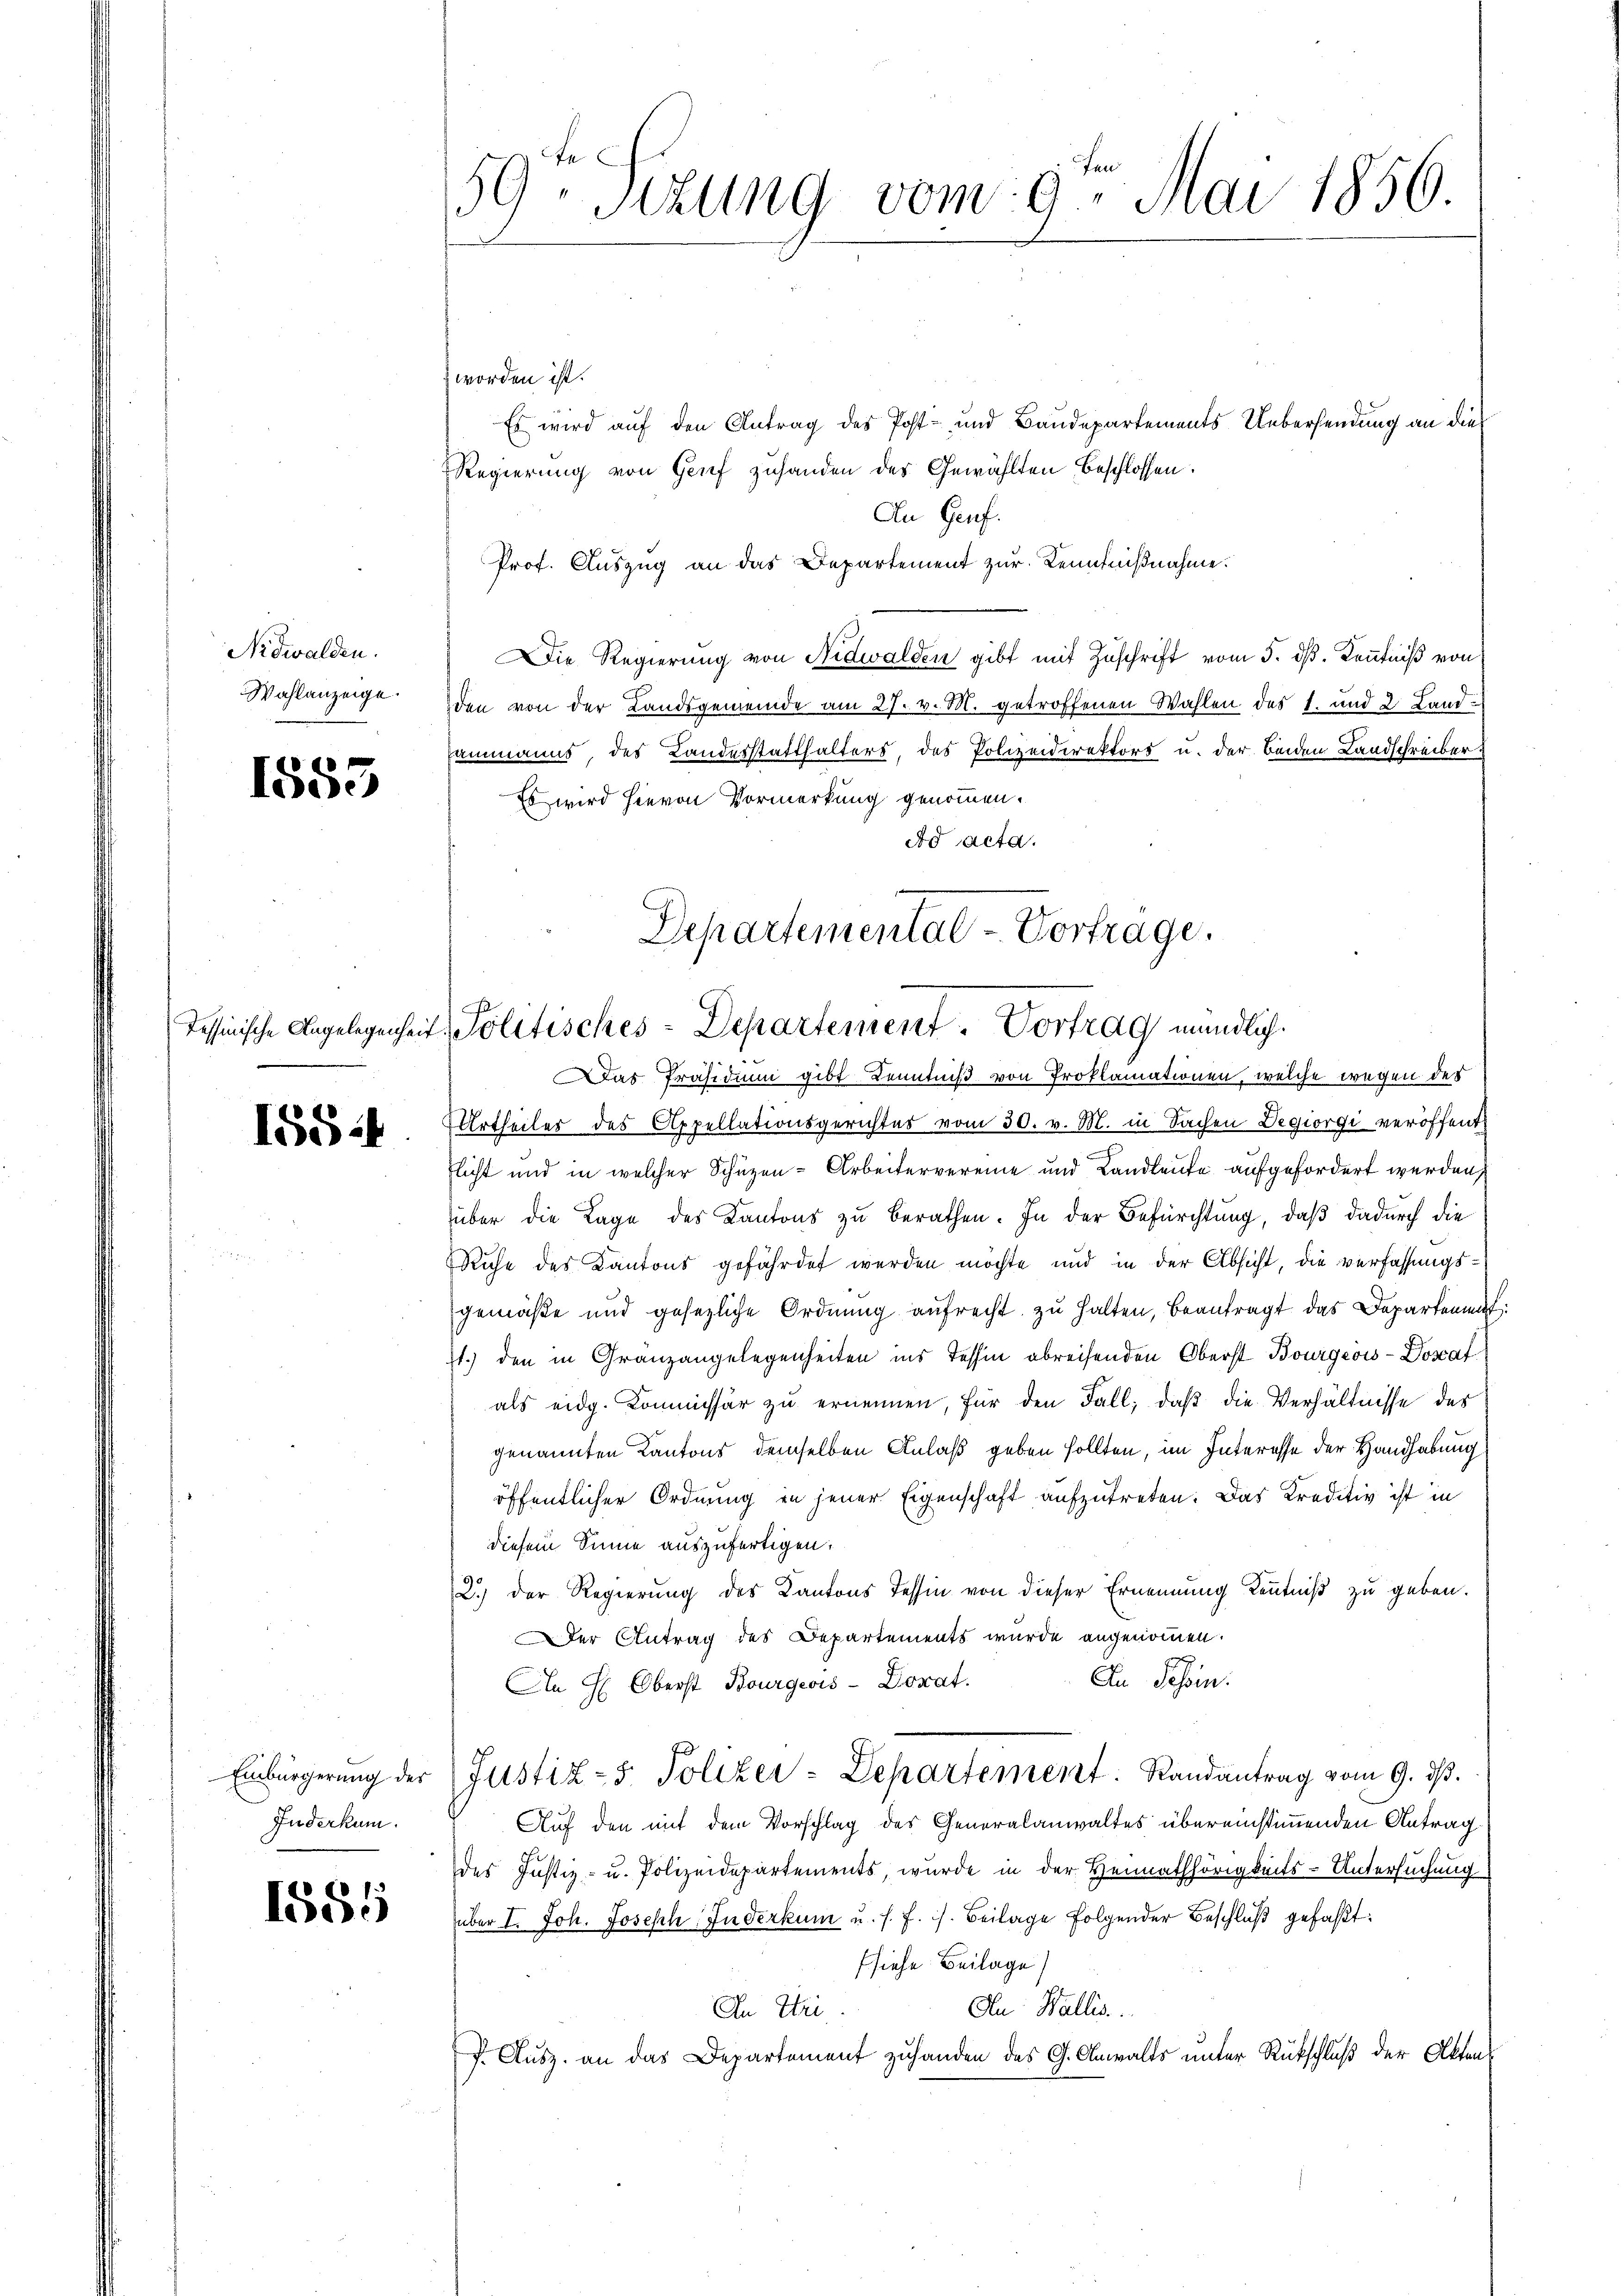
Nidwalden.
Wahlanzeige.

1555

1554

Inderkum.

1885

4
59. Sizung vom 9. Mai 1856.

worden ist.
Es wird auf den Antrag des Post- und Baudepartements Uebersendung an die
Regierung von Gruf zuhanden des Gewählten beschlossen:
An Genf.
Prof. Auszug an das Departement zur Kenntnißnahme.
Die Regierung von Nidwalden gibt mit Zuschrift vom 5. dβ. Kenntniß von
den von der Landsgemeinde am 27. v. M. getroffenen Wahlen des 1. und 2 Land¬
Eammanns, des Landerstatthalters, des Polizeidirektors u. der beiden Landschreiber.
Es wird hievon Vormerkung genommen.
Ad acta.

Departemental-Vorträge.
Tessinische Angelegenheit Politisches - Departenient. Vortrag mündlich
Das Präsidium gibt Kenntniß von Proklamationen, welche wegen des

Urtheiles des Appellationsgerichtes vom 30. v. M. in Sachen Degiorgi veröffent
flicht und in welcher Schüzen-Arbeitervereine und Landleute aufgefordert werden,
über die Lage des Kantons zu berathen. In der Befürchtung, daß dadurch die
Ruhe des Kantons gefährdet werden möchte und in der Absicht, die verfassungs-
gemäße und gesezliche Ordnung aufrecht zu halten, beantragt das Departement
st.) den in Gränzangelegenheiten ins Tessin abreisenden Oberst Bourgeois-Dosaf
als eidg. Kommissär zu ernennen, für den Fall, daß die Verhältnisse des
genannten Kantons demselben Anlaß geben sollten, im Interesse der Handhabung
öffentlicher Ordnung in jener Eigenschaft aufzutreten. Das Kreditiv ist in
diesem Sinne auszufertigen.
2.) Der Regierung des Kantons Tessin von dieser Ernennung Kenntniß zu geben.
Der Antrag des Departements wurde angenommen.
An Schen.
In H. Oberst Bourgeois - Donat.
Einbürgerŭng der Justiz- & Polizer-Departement. Randantrag vom 9. dβ.
Auf den mit dem Vorschlag des Generalanwaltes übereinstimmenden Antrag
des Justiz- u. Polizeidepartements, wurde in der Heimathörigkeits-Untersuchung
über I. Joh. Joseph Inderkum u. s. f. s. Beilage folgender Beschluß gefaßt:
fsiehe Beilage)
An Wallis.
In Eri
f. Ausz. an das Departement zuhanden des G. Anwalts unter Rückschluß der Akten¬